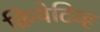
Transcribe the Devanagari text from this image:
क्रियेटिव्ह